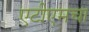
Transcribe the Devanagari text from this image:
एटीएमचा